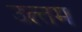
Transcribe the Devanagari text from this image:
उत्त्तम